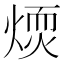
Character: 𤌢